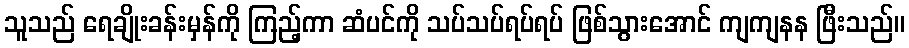
သူသည် ရေချိုးခန်းမှန်ကို ကြည့်ကာ ဆံပင်ကို သပ်သပ်ရပ်ရပ် ဖြစ်သွားအောင် ကျကျနန ဖြီးသည်။